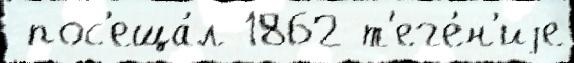
 пос'еща́л 1862 т'ече́н'иjе